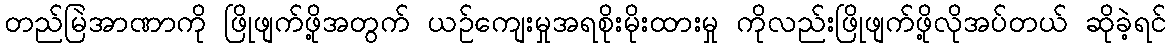
တည်မြဲအာဏာကို ဖြိုဖျက်ဖို့အတွက် ယဉ်ကျေးမှုအရစိုးမိုးထားမှု ကိုလည်းဖြိုဖျက်ဖို့လိုအပ်တယ် ဆိုခဲ့ရင်